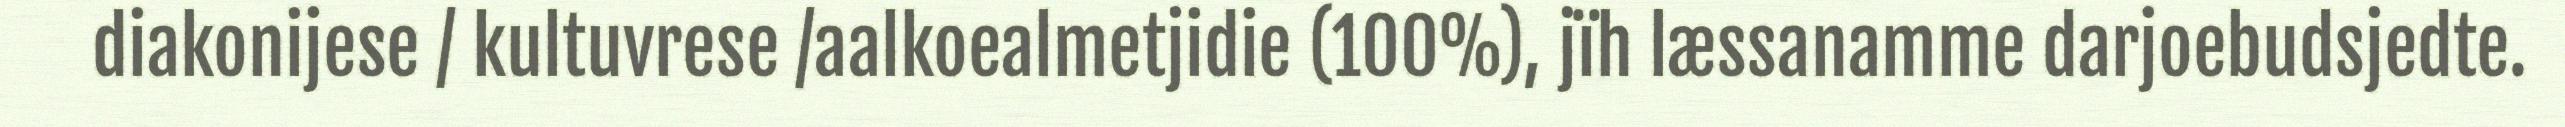
diakonijese / kultuvrese /aalkoealmetjidie (100%), jïh læssanamme darjoebudsjedte.